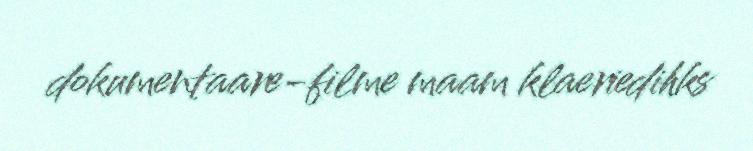
dokumentaare-filme maam klaeriedihks